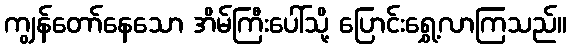
ကျွန်တော်နေသော အိမ်ကြီးပေါ်သို့ ပြောင်းရွှေ့လာကြသည်။